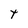
Character: T